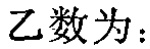
乙数为：